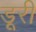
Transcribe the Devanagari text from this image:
डूरी